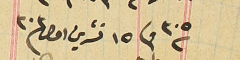
سنة ٣٠٥ وفى ١٥ تشرين اول سنة ٣٠٣